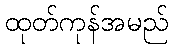
ထုတ်ကုန်အမည်